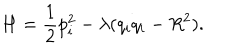
H = \frac 1 2 p _ { i } ^ { 2 } - \lambda ( q _ { i } q _ { i } - R ^ { 2 } ) .